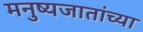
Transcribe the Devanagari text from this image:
मनुष्यजातांच्या